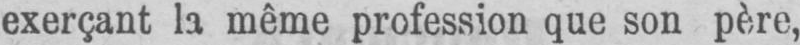
exerçant la même profession que son père,